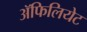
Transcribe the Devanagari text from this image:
अॅफिलियेट